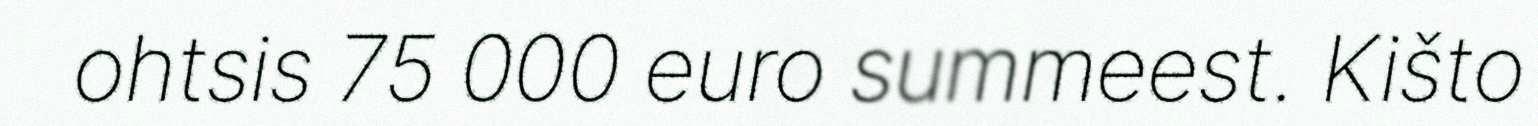
ohtsis 75 000 euro summeest. Kišto